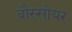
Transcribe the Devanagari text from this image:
वौस्सोयर